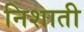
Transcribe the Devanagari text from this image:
निशाती